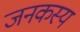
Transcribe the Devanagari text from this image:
जनकस्य